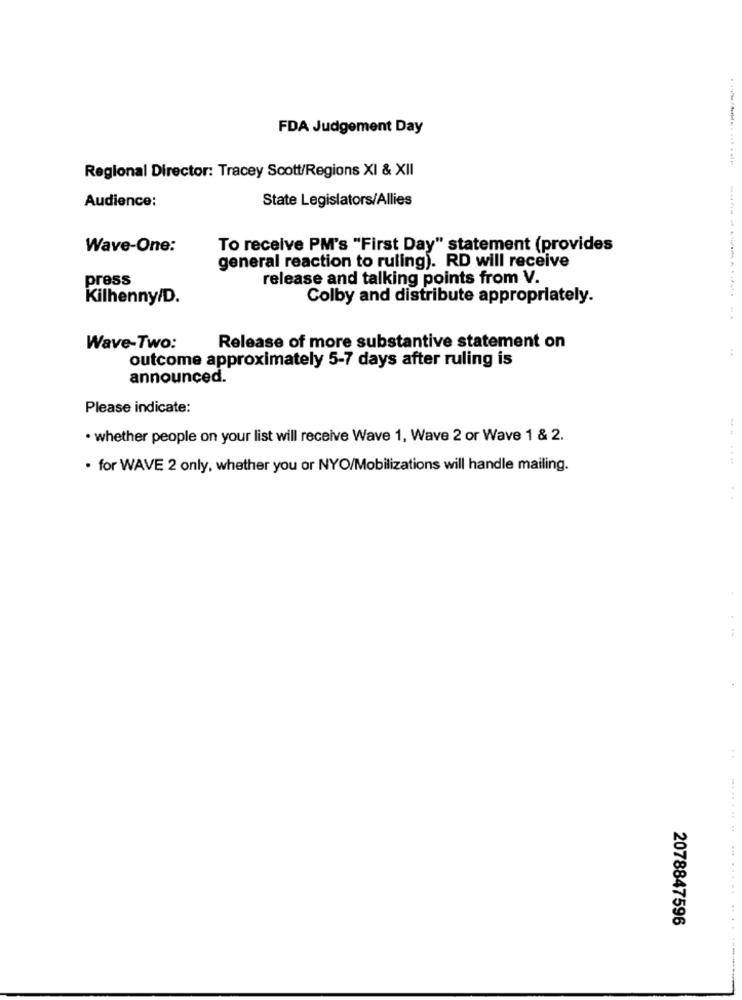
FDA Judgement Day
Regional Director: Tracey Scott/Regions XI & XII
State Legislators/Allies
Audience:
Wave-One:
To receive PM's "First Day" statement (provides
general reaction to ruling). RD will receive
press
release and talking points from V.
Kilhenny/D.
Colby and distribute appropriately.
Wave-Two:
Release of more substantive statement on
:
outcome approximately 5-7 days after ruling is
announced.
Please indicate:
. whether people on your list will receive Wave 1, Wave 2 or Wave 1 & 2.
· for WAVE 2 only, whether you or NYO/Mobilizations will handle mailing.
. .
2078847596